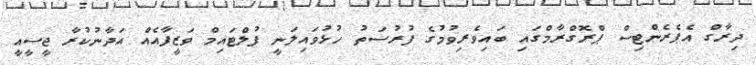
ދިރާގް އެޕެރެންޓިސް ޕްރޮގްރާމްގައި ބައިވެރިވުމުގެ ފުރުސަތު ހުޅުވައިލަނީ ފުލްޓައިމް ވަޒީފާއެއް އަދާނުކުރާ ޖީސީއީ